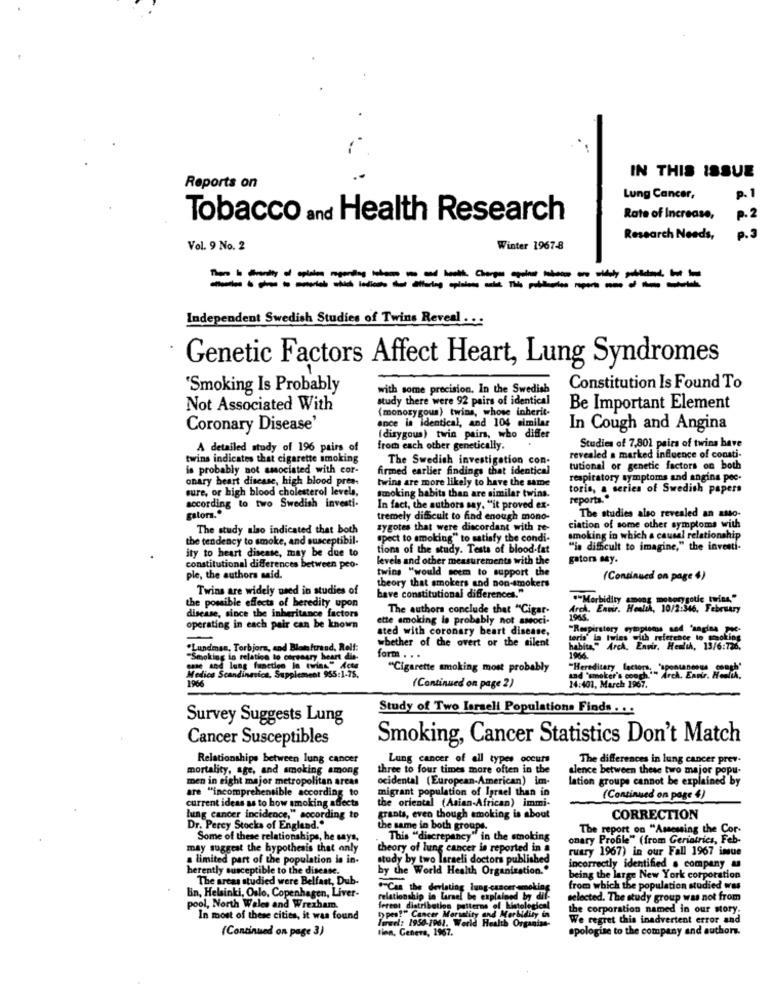
IN THIS ISSUE
Reports on
Lung Cancer,
p. 1
Tobacco and Health Research
Rate of Increase,
P.2
Research Needs,
P. 3
Vol. 9 No. 2
Winter 1967-8
== =======
Independent Swedish Studies of Twins Reveal ...
Genetic Factors Affect Heart, Lung Syndromes
'Smoking Is Probably
with some precision. In the Swedish
Constitution Is Found To
study there were 92 pairs of identical
Not Associated With
(monozygous) twins, whose inherit-
Be Important Element
ance is Identical, and 104 similar
Coronary Disease'
In Cough and Angina
(dizygous) twin pairs, who differ
A detailed study of 196 pairs of
from each other genetically.
Studies of 7,801 pairs of twins have
twins indicates that cigarette smoking
The Swedish investigation con-
revealed a marked influence of consti-
is probably not associated with cor-
firmed earlier findings that identical
tutional or genetic factors on both
onary heart disease, high blood pres-
hring are more likely to have the same
respiratory symptoms and angina pee-
sure, or high blood cholesterol levels,
toris, a series of Swedish papers
according to two Swedish investi-
smoking habits than are similar twins.
reports."
In fact, the authors say. "it proved ex-
gatora."
tremely difficult to find enough mono-
The studies also revealed an ato-
The study also indicated that both
zygotes that were discordant with re-
ciation of some other symptoms with
the tendency to smoke, and susceptibil-
spect to smoking" to satisfy the condi-
smoking in which a causal relationship
ity to heart disease, may be due to
tions of the study. Tests of blood-fat
"is difficult to imagine," the investi-
levels and other measurements with the
gators say.
constitutional differences between peo-
twins "would seem to support the
ple, the authors said.
(Continued on page 4)
Twins are widely used in studies of
theory that smokers and non-smokers
have constitutional differences."
#"Morbidity
motory gotic twins."
the possible effects of heredity upon
The authora conclude that "Cigar-
Arch. Envir. Health, 10/2:346, February
disease, since the inheritance factors
ette amoking la probably not aseoci-
19%S.
operating in each pair can be known
sted with coronary heart disease,
"Respiratory symptoms sad 'sagina pee-
whether of the overt or the silent
teria' la twins with reference to mmsoking
"Lundman, Torbjorn, and Blomftrand, Rolf:
habita," Arch. Envir. Health, 13/6:726.
1966.
"Smoking in relation to corsaury heart die-
form . . .
case and lung function la twins" Acte
"Cigarette smoking most probably
spontaneous
Medico Scandinasica, Supplement 955:1-75,
1966
14:401, March 1967.
nd 'smoker's cons
Lector ... Arch. Enair. Han.
(Continued on page 2)
Study of Two Israeli Populations Finds . . .
Survey Suggests Lung
Cancer Susceptibles
Smoking, Cancer Statistics Don't Match
Relationships between lung cancer
Lung cancer of all types oo
The differences in lung cancer prev.
mortality, age, and smoking among
three to four times more often in the
dence between these two major popu-
men in eight major metropolitan areas
ocidental (European-American) im-
lation groupe cannot be explained by
migrant population of Israel than in
current ideas as to how smoking affects
ensible according to
the oriental (Asian-African) immi-
(Continued on page 4)
lung cancer incidence," according to
grants, even though smoking is about
CORRECTION
Dr. Percy Stocks of England."
the same in both groups.
The report on "Assessing the Cor-
Some of these relationships, he says,
This "discrepancy" in the smoking
onary Profile" (from Geriatrics, Feb-
may suggest the hypothesis that only
theory of lung cancer is reported in a
ruary 1967) in our Fall 1967 imue
a limited part of the population is in-
study by two laraeli doctors published
herently susceptible to the disease.
by the World Health Organization."
incorrectly identified . company u
The areas studied were Belfast, Dub-
being the large New York corporation
Un, Helsinki, Oslo, Copenhagen, Liver-
ting lung-cancer em
from which the population studied was
relationship in Larael be explained by dif-
selected. The study group was not from
pool, North Wales and Wrexham.
ferent distribution patterns of histological
bpes!" Cancer Mortality and Morbidity in
the corporation named in our story.
In most of these cities, it was found
lured: 1950-1961. World Health Organisa-
We regret this inadvertent error and
(Continued on page 3)
tien, Genera, 1967.
apologise to the company and author.